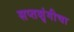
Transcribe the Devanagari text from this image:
सप्तशृंगीचा